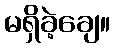
မရှိခဲ့ချေ။